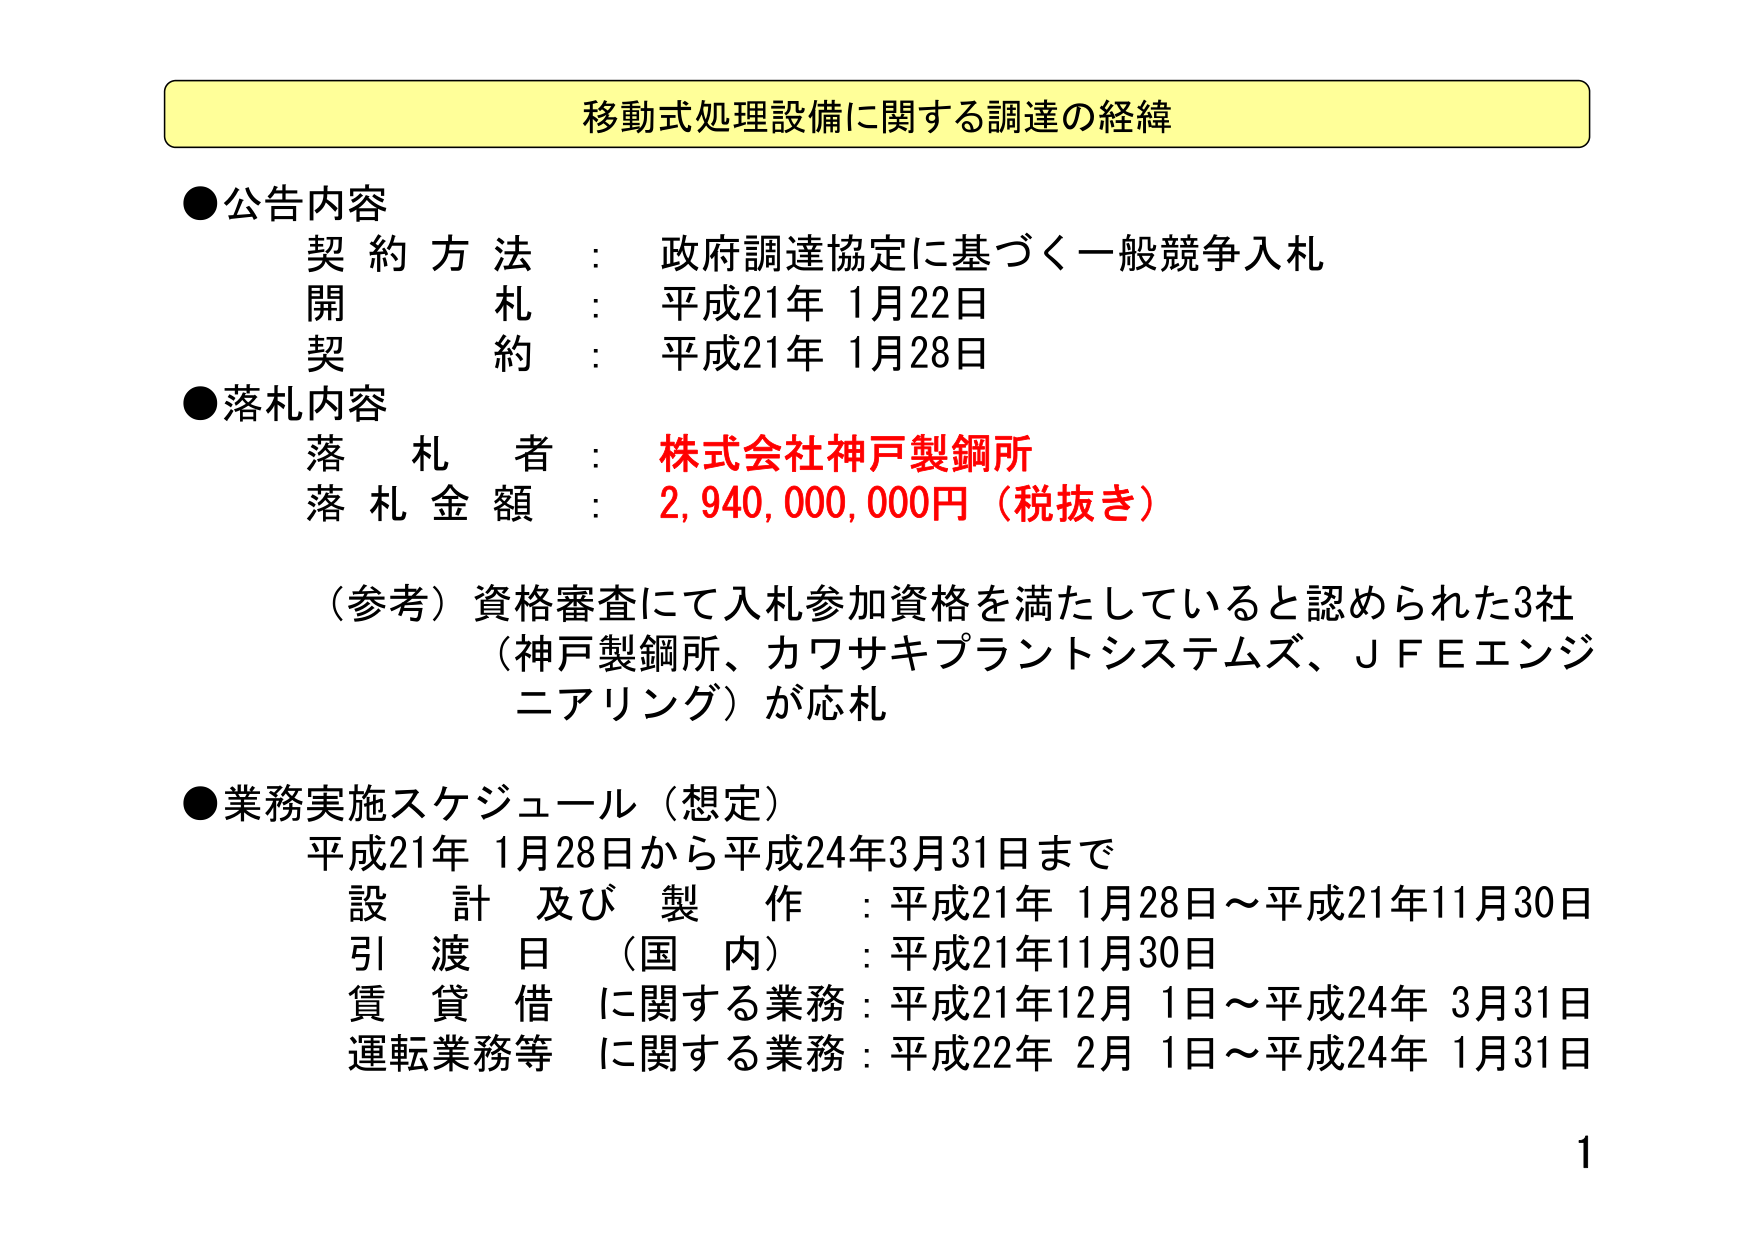
移動式処理設備に関する調達の経緯

●公告内容
契約方法：政府調達協定に基づく一般競争入札
開札：平成21年1月22日
契約：平成21年1月28日

●落札内容
落札者：株式会社神戸製鋼所
落札金額：2,940,000,000円（税抜き）

（参考）資格審査にて入札参加資格を満たしていると認められた3社
（神戸製鋼所、カワサキプラントシステムズ、ＪＦＥエンジニアリング）が応札

●業務実施スケジュール（想定）
平成21年1月28日から平成24年3月31日まで
設計及び製作：平成21年1月28日～平成21年11月30日
引渡日（国内）：平成21年11月30日
賃貸借に関する業務：平成21年12月1日～平成24年3月31日
運転業務等に関する業務：平成22年2月1日～平成24年1月31日

1